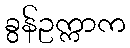
ခွန်ဥက္ကာက